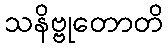
သနိဗ္ဗုတောတိ